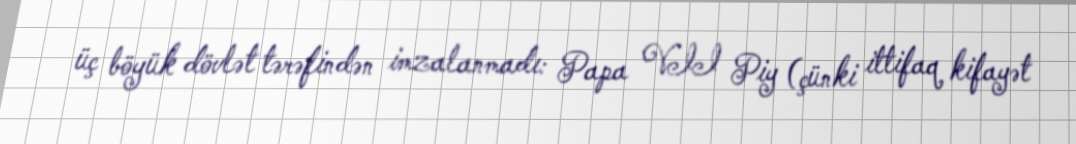
üç böyük dövlət tərəfindən imzalanmadı: Papa VII Piy (çünki ittifaq kifayət